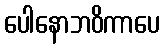
ပေါနောဘဝိကာပေ